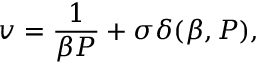
v = \frac { 1 } { \beta P } + \sigma \delta ( \beta , P ) ,